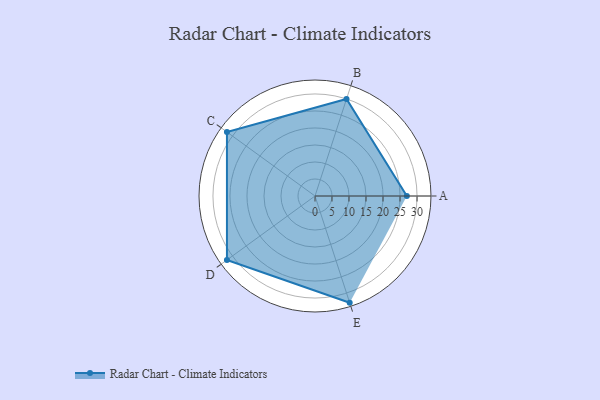
{"axis": {"x": "Skill", "y": "Score"}, "legend": ["Profile"], "data": [{"x": "A", "y": 27.0, "type": "Profile"}, {"x": "B", "y": 30.0, "type": "Profile"}, {"x": "C", "y": 32.0, "type": "Profile"}, {"x": "D", "y": 32.0, "type": "Profile"}, {"x": "E", "y": 33.0, "type": "Profile"}]}